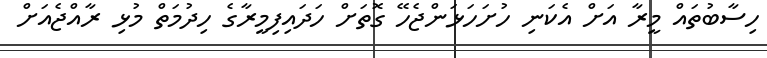
ހިސާބުތައް މީރާ އަށް އެކަނި ހުށަހަޅަންޖެހޭ ގޮތަށް ހަދައިފިމީރާގެ ހިދުމަތް މުޅި ރާއްޖެއަށް